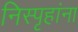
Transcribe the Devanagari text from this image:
निस्पृहांना